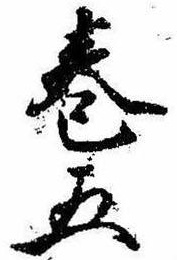
巻五